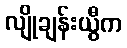
လျိုချန်းယွီက